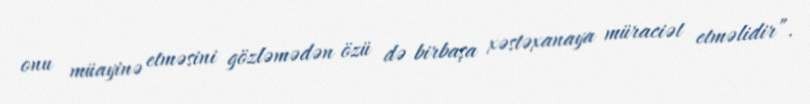
onu müayinə etməsini gözləmədən özü də birbaşa xəstəxanaya müraciət etməlidir”.